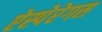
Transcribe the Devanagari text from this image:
ऐस्पेरेगस